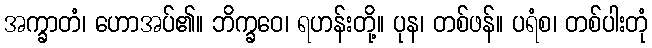
အက္ခာတံ၊ ဟောအပ်၏။ ဘိက္ခဝေ၊ ရဟန်းတို့။ ပုန၊ တစ်ဖန်။ ပရံစ၊ တစ်ပါးတုံ